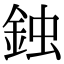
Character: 鉵